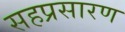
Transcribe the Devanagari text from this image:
सहप्रसारण